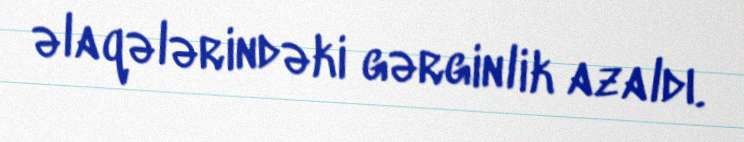
əlaqələrindəki gərginlik azaldı.